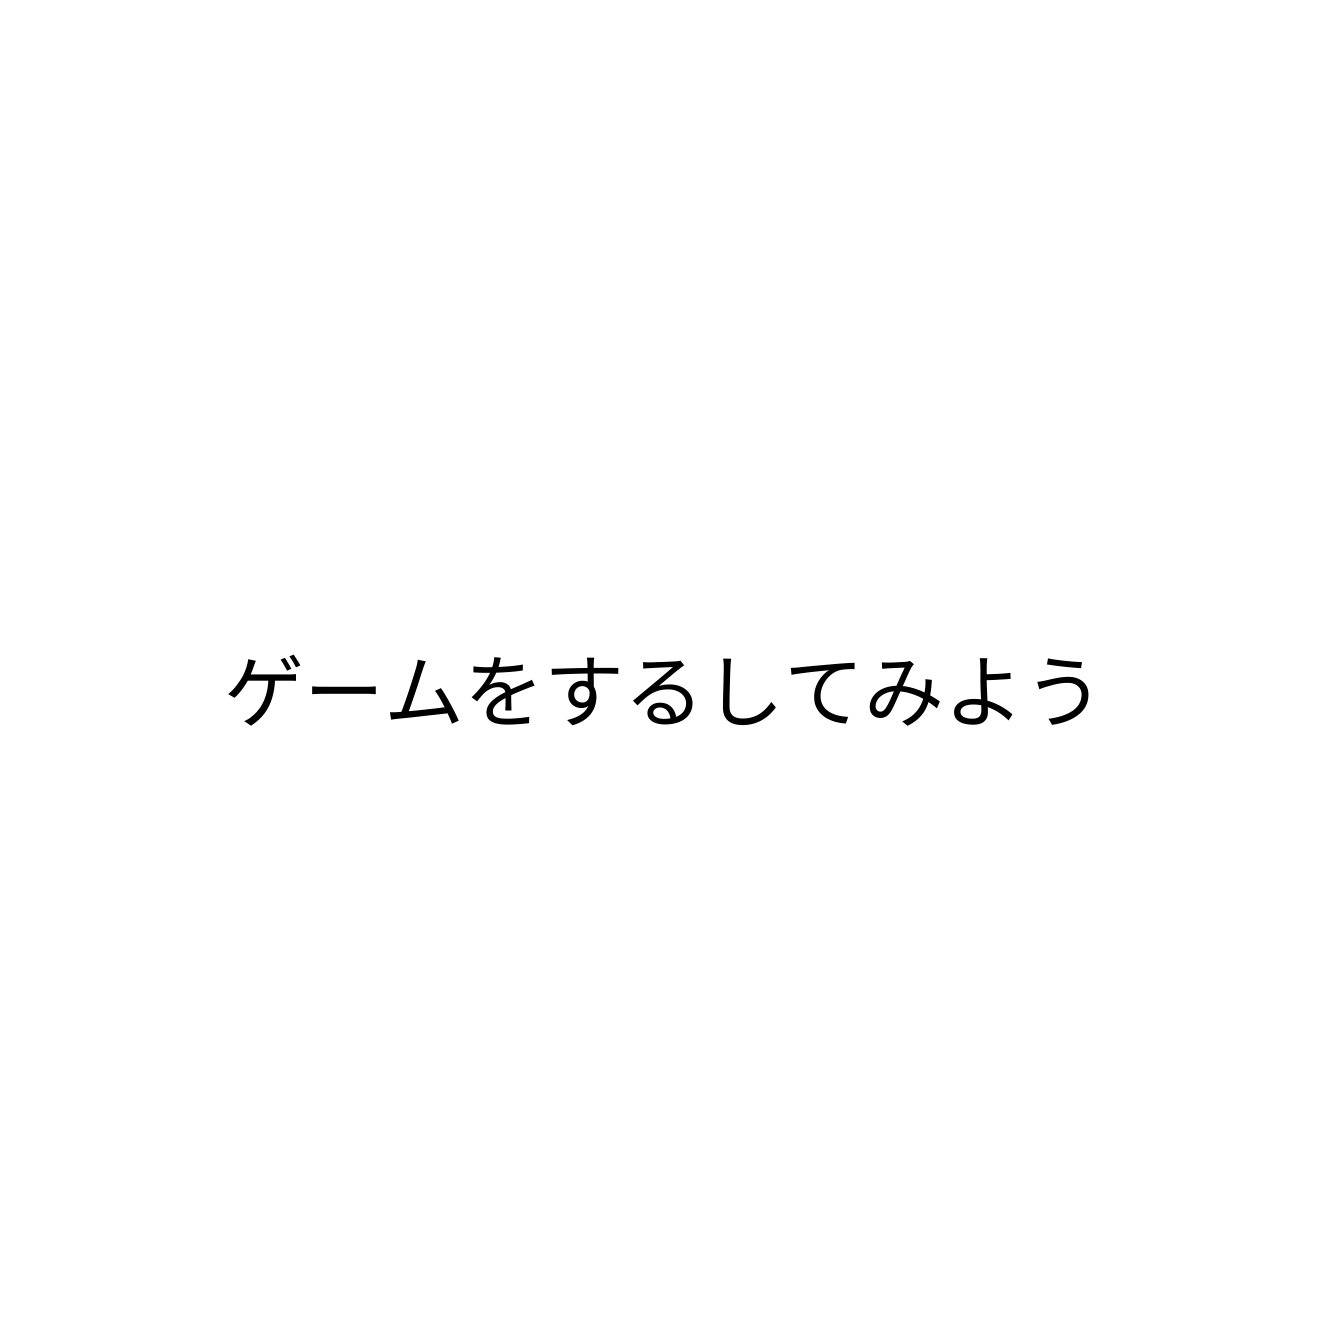
ゲームをするしてみよう